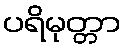
ပရိမုတ္တာ